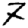
Digit: 7